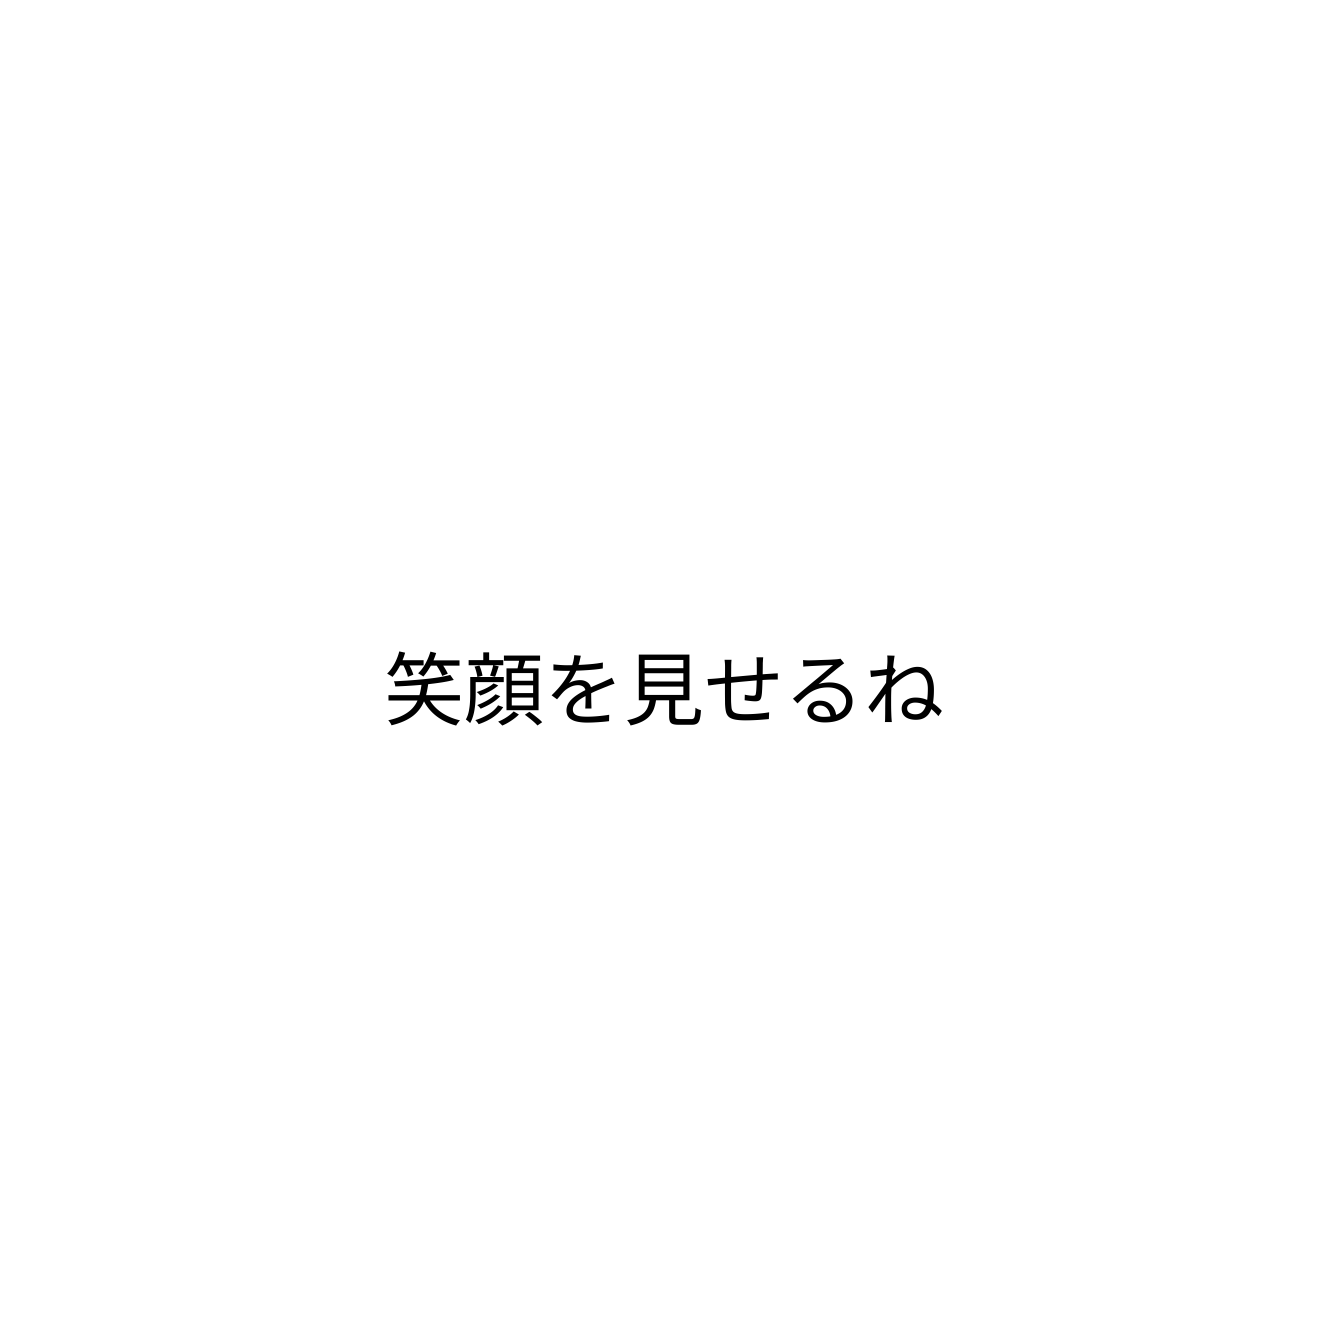
笑顔を見せるね